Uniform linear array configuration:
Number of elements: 48
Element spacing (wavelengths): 0.25
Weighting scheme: blackman
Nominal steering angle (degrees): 0
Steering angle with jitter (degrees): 1.502
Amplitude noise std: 0.05
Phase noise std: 0.05

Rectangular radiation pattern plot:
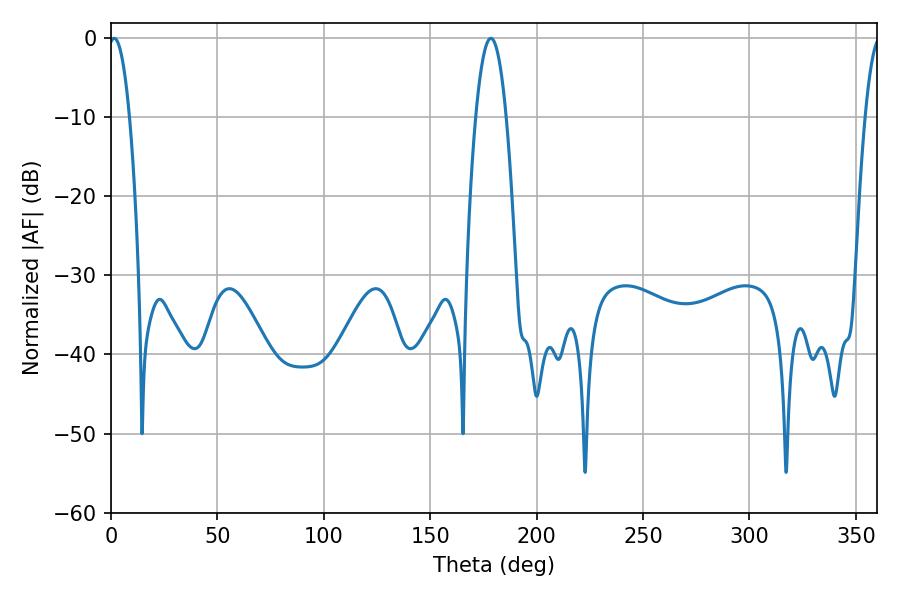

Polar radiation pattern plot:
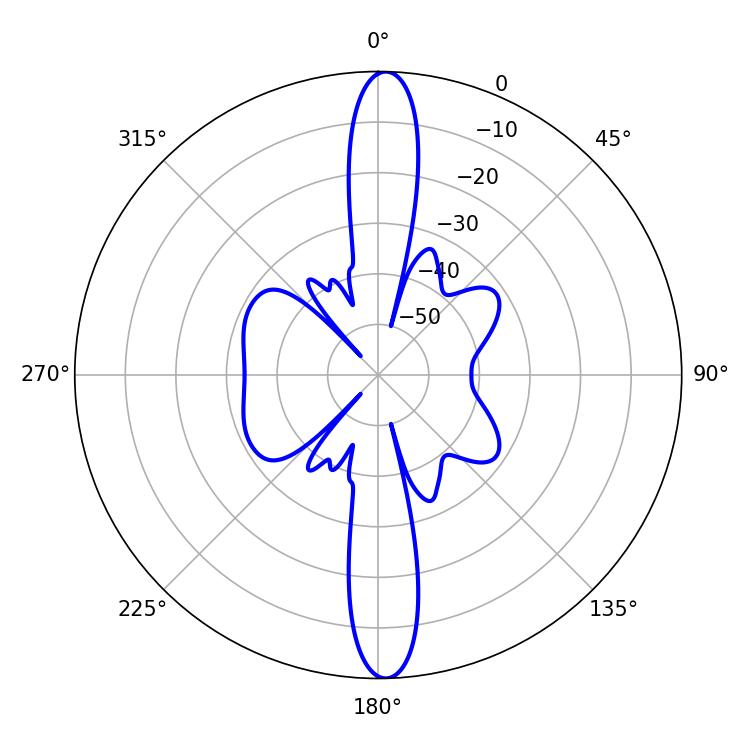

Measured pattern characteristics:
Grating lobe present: FALSE
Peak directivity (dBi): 24.329
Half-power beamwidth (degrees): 5.4
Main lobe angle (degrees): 1.44